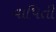
વાપિતી